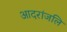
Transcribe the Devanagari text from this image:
आदरांजलि